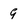
Character: 9